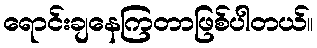
ရောင်းချနေကြတာဖြစ်ပါတယ်။